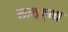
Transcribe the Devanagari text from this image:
सातहव्य